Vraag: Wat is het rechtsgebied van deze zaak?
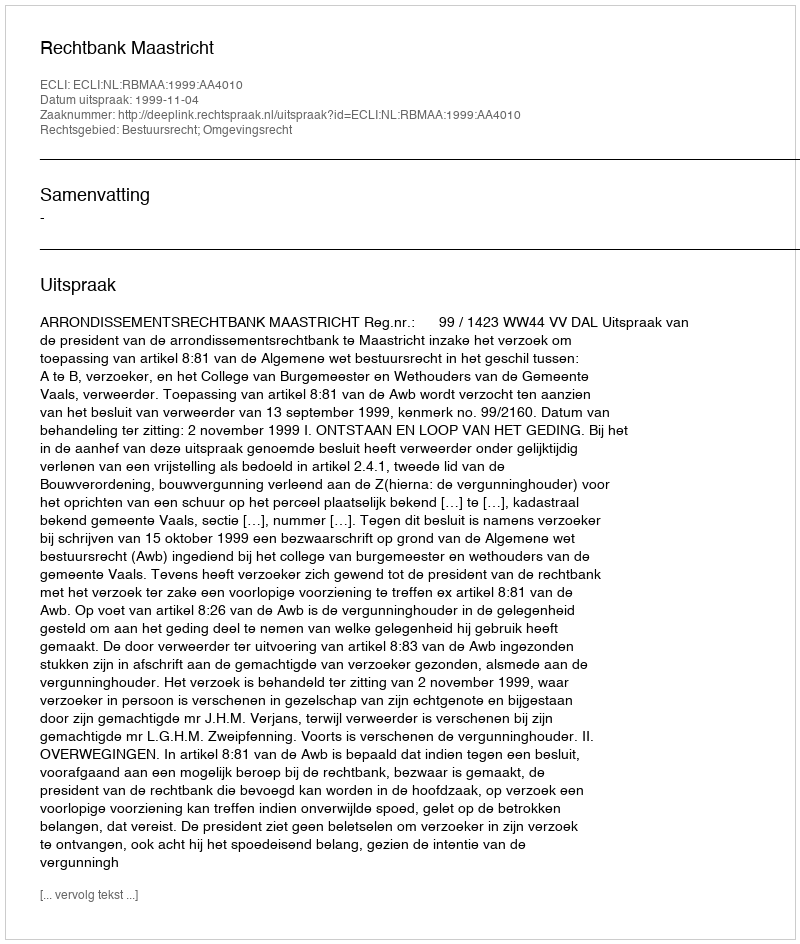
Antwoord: Bestuursrecht; Omgevingsrecht